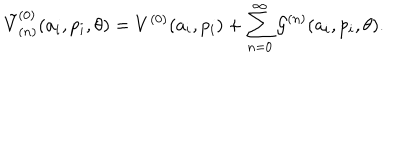
LaTeX: { \tilde { V } } _ { ( n ) } ^ { ( 0 ) } ( a _ { i } , p _ { i } , \theta ) = V ^ { ( 0 ) } ( a _ { i } , p _ { i } ) + \sum _ { n = 0 } ^ { \infty } { \cal G } ^ { ( n ) } ( a _ { i } , p _ { i } , \theta ) .